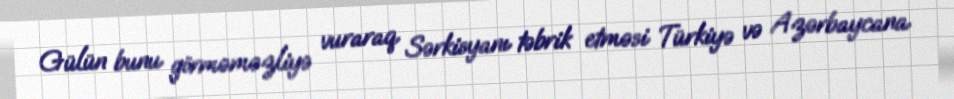
Gülün bunu görməməzliyə vuraraq Sərkisyanı təbrik etməsi Türkiyə və Azərbaycana